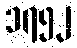
၁၇၅၂